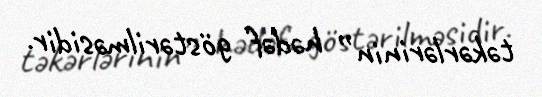
təkərlərinin” hədəf göstərilməsidir.